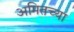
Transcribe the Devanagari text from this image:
अमितच्या